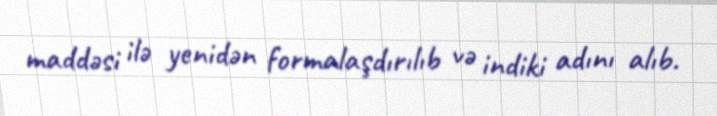
maddəsi ilə yenidən formalaşdırılıb və indiki adını alıb.